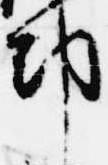
都